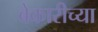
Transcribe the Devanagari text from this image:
बेकारीच्या